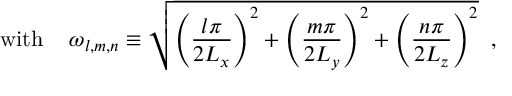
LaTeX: \mathrm { w i t h ~ } \; \; \; \omega _ { l , m , n } \equiv \sqrt { \Biggl ( \frac { l \pi } { 2 L _ { x } } \Biggr ) ^ { 2 } + \Biggl ( \frac { m \pi } { 2 L _ { y } } \Biggr ) ^ { 2 } + \Biggl ( \frac { n \pi } { 2 L _ { z } } \Biggr ) ^ { 2 } } \; \; ,